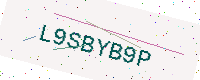
Text: L9SBYB9P